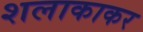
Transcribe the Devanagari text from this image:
शलाकाकर